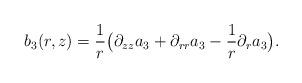
LaTeX: \begin{align*}b_3(r,z)=\frac 1 r \bigl( \partial_{zz} a_3 + \partial_{rr} a_3- \frac 1 r \partial_r a_3 \bigr).\end{align*}